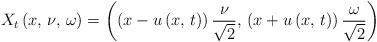
LaTeX: \begin{align*}X_{t}\left(x,\,\nu,\,\omega\right)=\left(\left(x-u\left(x,\,t\right)\right)\frac{\nu}{\sqrt{2}},\,\left(x+u\left(x,\,t\right)\right)\frac{\omega}{\sqrt{2}}\right)\end{align*}